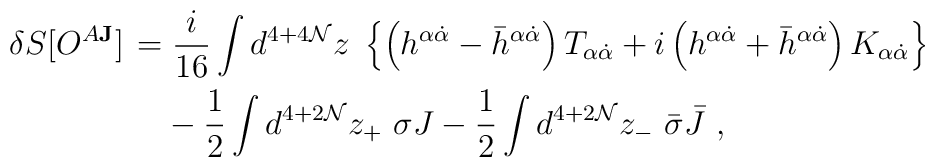
\delta S[O^{A{\mathbf J}}] \begin{array}[t]{l}\displaystyle=\frac{i}{16}\int d^{4+4{\mathcal N}}z\ \left\{\left( h^{\alpha{\dot{\alpha}}}-{\bar h}^{\alpha{\dot{\alpha}}}\right)T_{\alpha{\dot{\alpha}}} +i\left( h^{\alpha{\dot{\alpha}}} +{\bar h}^{\alpha{\dot{\alpha}}}\right) K_{\alpha{\dot{\alpha}}}\right\}\\[3mm]\displaystyle\phantom{=}-\frac{1}{2}\int  d^{4+2{\mathcal N}}z_+\ \sigma J-\frac{1}{2}\int  d^{4+2{\mathcal N}}z_-\ {\bar\sigma}{\bar J}\ ,\end{array}